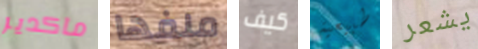
ماكدير ملفها كيف طبيعية يشعر